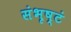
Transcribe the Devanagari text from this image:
संभृष्टं